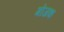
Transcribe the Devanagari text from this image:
मोजक